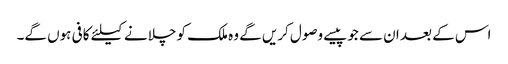
اس کے بعد ان سے جوپیسے وصول کریں گے وہ ملک کو چلانے کیلئے کافی ہوں گے۔